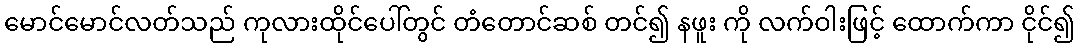
မောင်မောင်လတ်သည် ကုလားထိုင်ပေါ်တွင် တံတောင်ဆစ် တင်၍ နဖူး ကို လက်ဝါးဖြင့် ထောက်ကာ ငိုင်၍